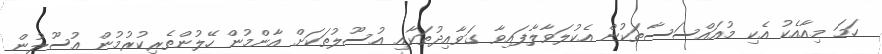
ހަމަ މިއާއެކު އެކި މުއައްސަސާތަކުން އެކުލަވާލާފައިވާ ގަވާއިދުތަކާއި އުސޫލުތަކަށް އާންމުން ހޭލުންތެރިކުރުމުން އުސޫލުން